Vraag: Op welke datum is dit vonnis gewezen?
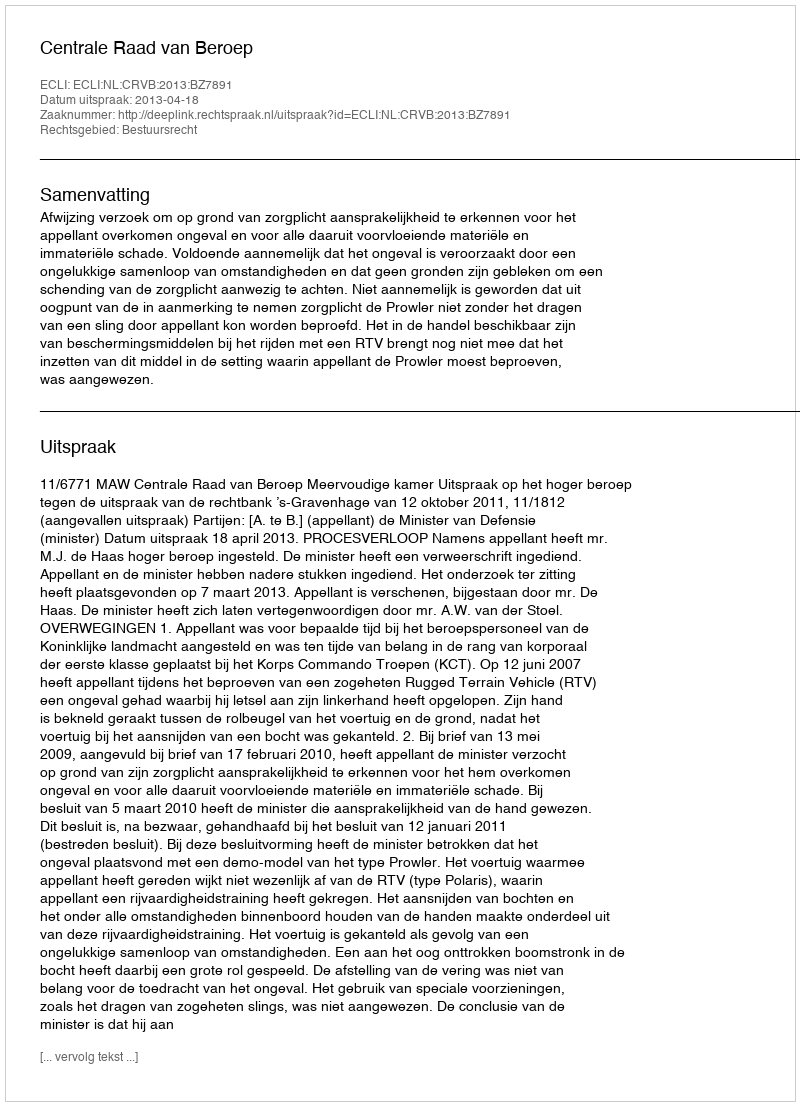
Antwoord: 2013-04-18